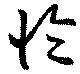
怜